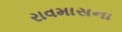
રાવમાસના